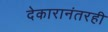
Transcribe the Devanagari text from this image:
देकारानंतरही